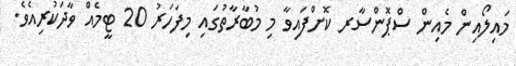
މައިލޯއިން މެއިން ސްޕޮންސާރ ކޮށްފައިވާ މި މުބާރާތުގައި މިފަހަރު 20 ޓީމެއް ވާދަކުރިއެވެ.